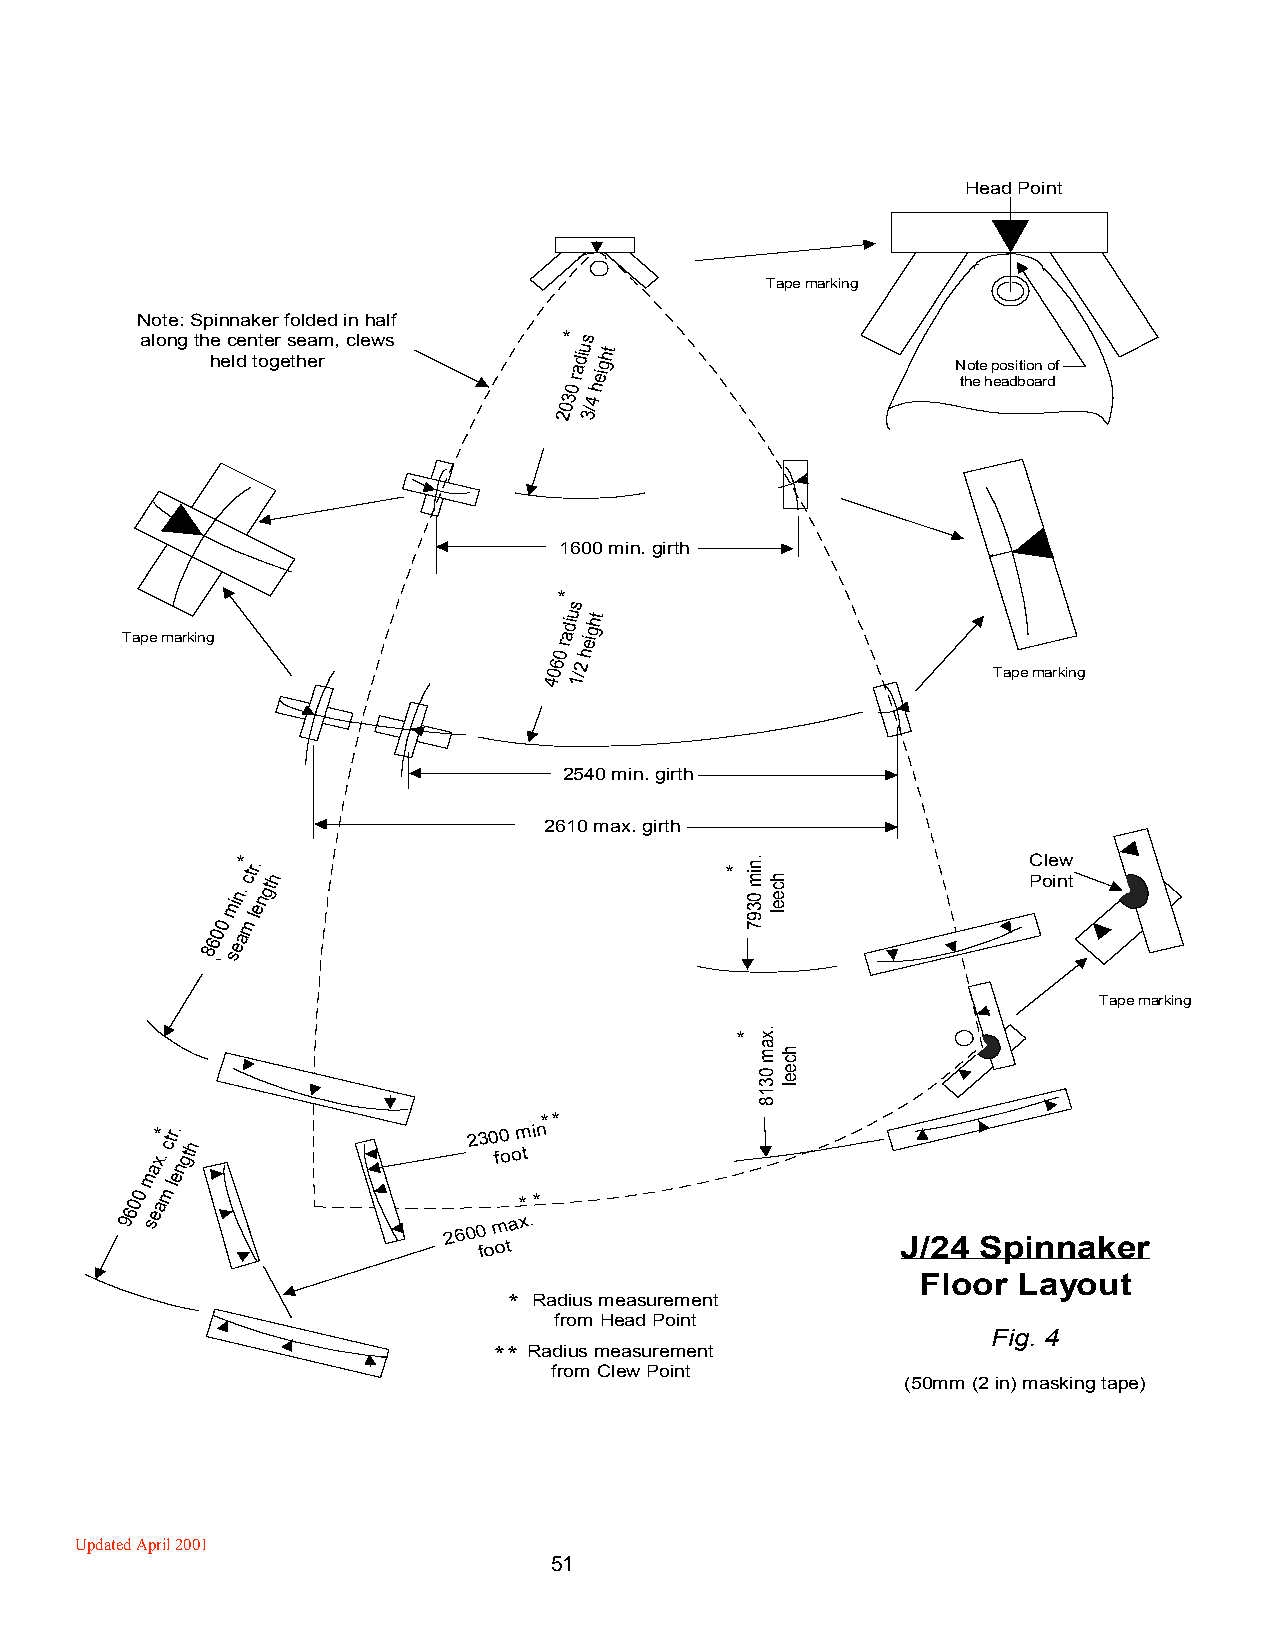
Head Point
 Tape marking
 Note: Spinnaker folded in half
 along the center seam, clews * s
 held together
 0
 radiu height
 N tho ete
 h
 p eo as di bti oo an
 r
 o df
 203 3/4
 1600 min. girth
 *
 s
 Tape marking
 0
 radiu height
 406 1/2                       Tape marking
 2540 min. girth
 2610 max. girth
 * ctr.
 h
 *
 PC ole inw
 t
 min. engt
 0 m
 l
 860 sea
 Tape marking
 *
 **
 x*
 .
 ctr.
 gth
 230 f0
 o
 om
 t
 in
 a n
 m e
 00 am
 l
 **
 96 se                 2600
 fo
 m otax.
 J/24 Spinnaker
 Floor Layout
 * Radius measurement
 from Head Point
 Fig. 4
 ** Radius measurement
 from Clew Point
 (50mm (2 in) masking tape)
 Updated April 2001
 51
 .nim
 0397
 .xam
 0318
 hceel
 hceel